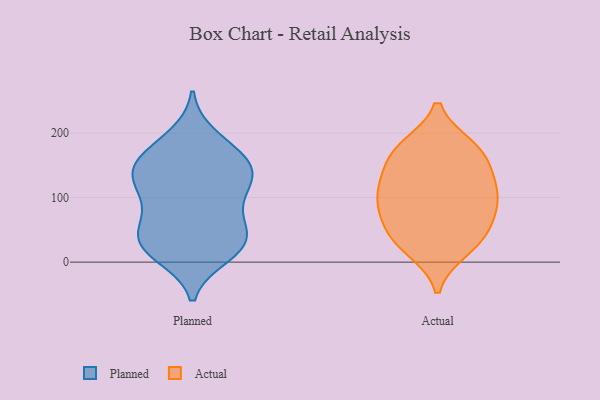
{"axis": {"x": "Satisfaction Score", "y": "Value"}, "legend": ["Actual", "Planned"], "data": [{"x": "", "y": 132, "type": "Planned"}, {"x": "", "y": 83, "type": "Planned"}, {"x": "", "y": 127, "type": "Planned"}, {"x": "", "y": 136, "type": "Planned"}, {"x": "", "y": 49, "type": "Planned"}, {"x": "", "y": 38, "type": "Planned"}, {"x": "", "y": 164, "type": "Planned"}, {"x": "", "y": 194, "type": "Planned"}, {"x": "", "y": 40, "type": "Planned"}, {"x": "", "y": 24, "type": "Planned"}, {"x": "", "y": 103, "type": "Planned"}, {"x": "", "y": 142, "type": "Planned"}, {"x": "", "y": 11, "type": "Planned"}, {"x": "", "y": 176, "type": "Planned"}, {"x": "", "y": 18, "type": "Planned"}, {"x": "", "y": 131, "type": "Planned"}, {"x": "", "y": 76, "type": "Planned"}, {"x": "", "y": 27, "type": "Planned"}, {"x": "", "y": 159, "type": "Planned"}, {"x": "", "y": 53, "type": "Actual"}, {"x": "", "y": 127, "type": "Actual"}, {"x": "", "y": 20, "type": "Actual"}, {"x": "", "y": 74, "type": "Actual"}, {"x": "", "y": 91, "type": "Actual"}, {"x": "", "y": 114, "type": "Actual"}, {"x": "", "y": 164, "type": "Actual"}, {"x": "", "y": 124, "type": "Actual"}, {"x": "", "y": 29, "type": "Actual"}, {"x": "", "y": 178, "type": "Actual"}, {"x": "", "y": 179, "type": "Actual"}, {"x": "", "y": 34, "type": "Actual"}, {"x": "", "y": 167, "type": "Actual"}, {"x": "", "y": 105, "type": "Actual"}, {"x": "", "y": 75, "type": "Actual"}]}